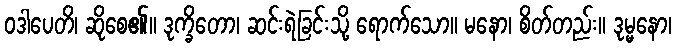
ဝဒါပေတိ၊ ဆိုစေ၏။ ဒုက္ခိတော၊ ဆင်းရဲခြင်းသို့ ရောက်သော။ မနော၊ စိတ်တည်း။ ဒုမ္မနော၊